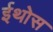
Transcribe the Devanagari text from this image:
ईथोस